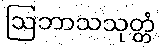
ဩဘာသသုတ္တံ